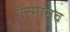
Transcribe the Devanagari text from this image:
गैरमानव